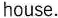
house.